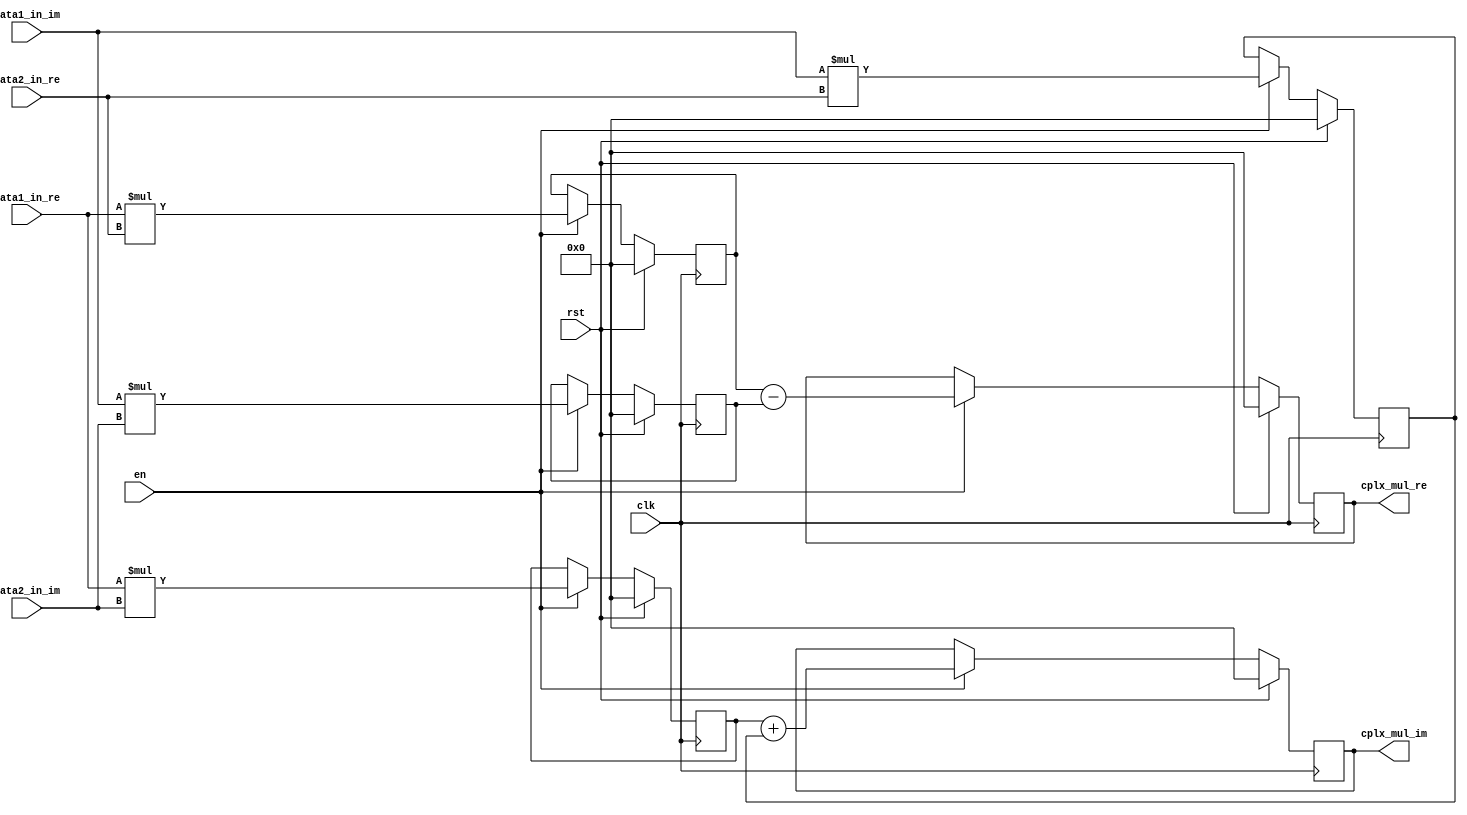
`timescale 1ns / 1ps
//////////////////////////////////////////////////////////////////////////////////
// Company: 
// Engineer: 
// 
// Design Name: 
// Module Name:    ComplexMUL 
// Project Name: 
// Target Devices: 
// Tool versions: 
// Description: 
//
// Dependencies: 
//
// Revision: 
// Revision 0.01 - File Created
// Additional Comments: 
//
//////////////////////////////////////////////////////////////////////////////////
module ComplexMUL(
		input clk,
		input rst,
		input en,
		input [31:0]data1_in_re,
		input [31:0]data1_in_im,
		input [31:0]data2_in_re,
		input [31:0]data2_in_im,
		output reg[31:0]cplx_mul_re,
		output reg[31:0]cplx_mul_im
    );
	 
	 initial 
		begin 
			cplx_mul_re<=0;
			cplx_mul_im<=0;
	end	
		
	 reg [31:0]mid[0:7];
	 
	initial 
		begin 
			mid[0] <= 0;
			mid[1] <= 0;
			mid[2] <= 0;
			mid[3] <= 0;
			mid[4] <= 0;
			mid[5] <= 0;
			mid[6] <= 0;
			mid[7] <= 0;
	end	
	 
	 always @( posedge clk)
	 begin
		if(rst) 
			begin
				mid[0] <= 0;
				mid[1] <= 0;
				mid[2] <= 0;
				mid[3] <= 0;
				mid[4] <= 0;
				mid[5] <= 0;
				mid[6] <= 0;
				mid[7] <= 0;
				
			end
		else
			begin
				if(en)
					begin 
						mid[0]<= data1_in_re*data2_in_re;
						mid[1]<= data1_in_re*data2_in_im;
						mid[2]<= data1_in_im*data2_in_re;
						mid[4]<= data1_in_im*data2_in_im;
					end	
			end	
	 end
	 
	 always@(posedge clk)
	 begin 
		if(rst)
			begin 
				cplx_mul_re <= 0;
				cplx_mul_im <= 0;
			end
		else
			begin 
				if(en)
					begin 
						cplx_mul_re <= mid[0]-mid[4];
						cplx_mul_im <= mid[1]+mid[2];
					end	
			end
	 end 
	 


endmodule